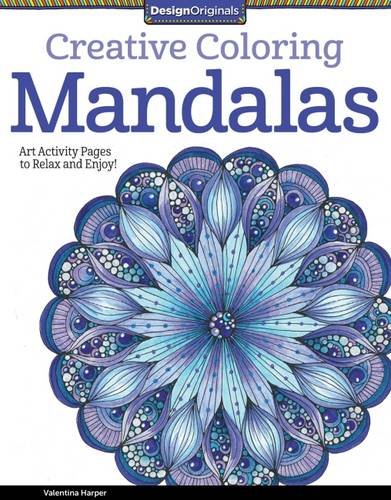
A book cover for Creative Coloring Mandalas: Art Activity Pages to Relax and Enjoy!; Valentina Harper; Arts & Photography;